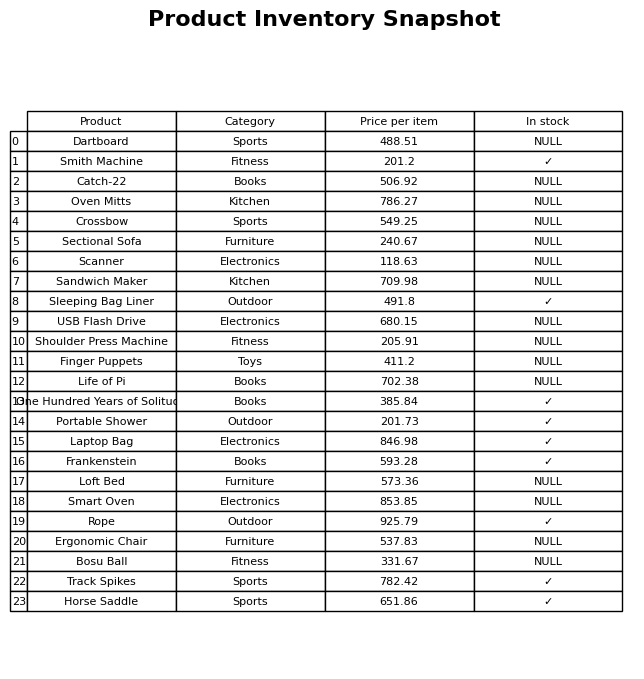
question: What is the price of the Catch-22?
answer: The price of Catch-22 is 506.92.